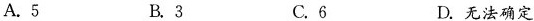
A.5 B.3 C.6 D.无法确定